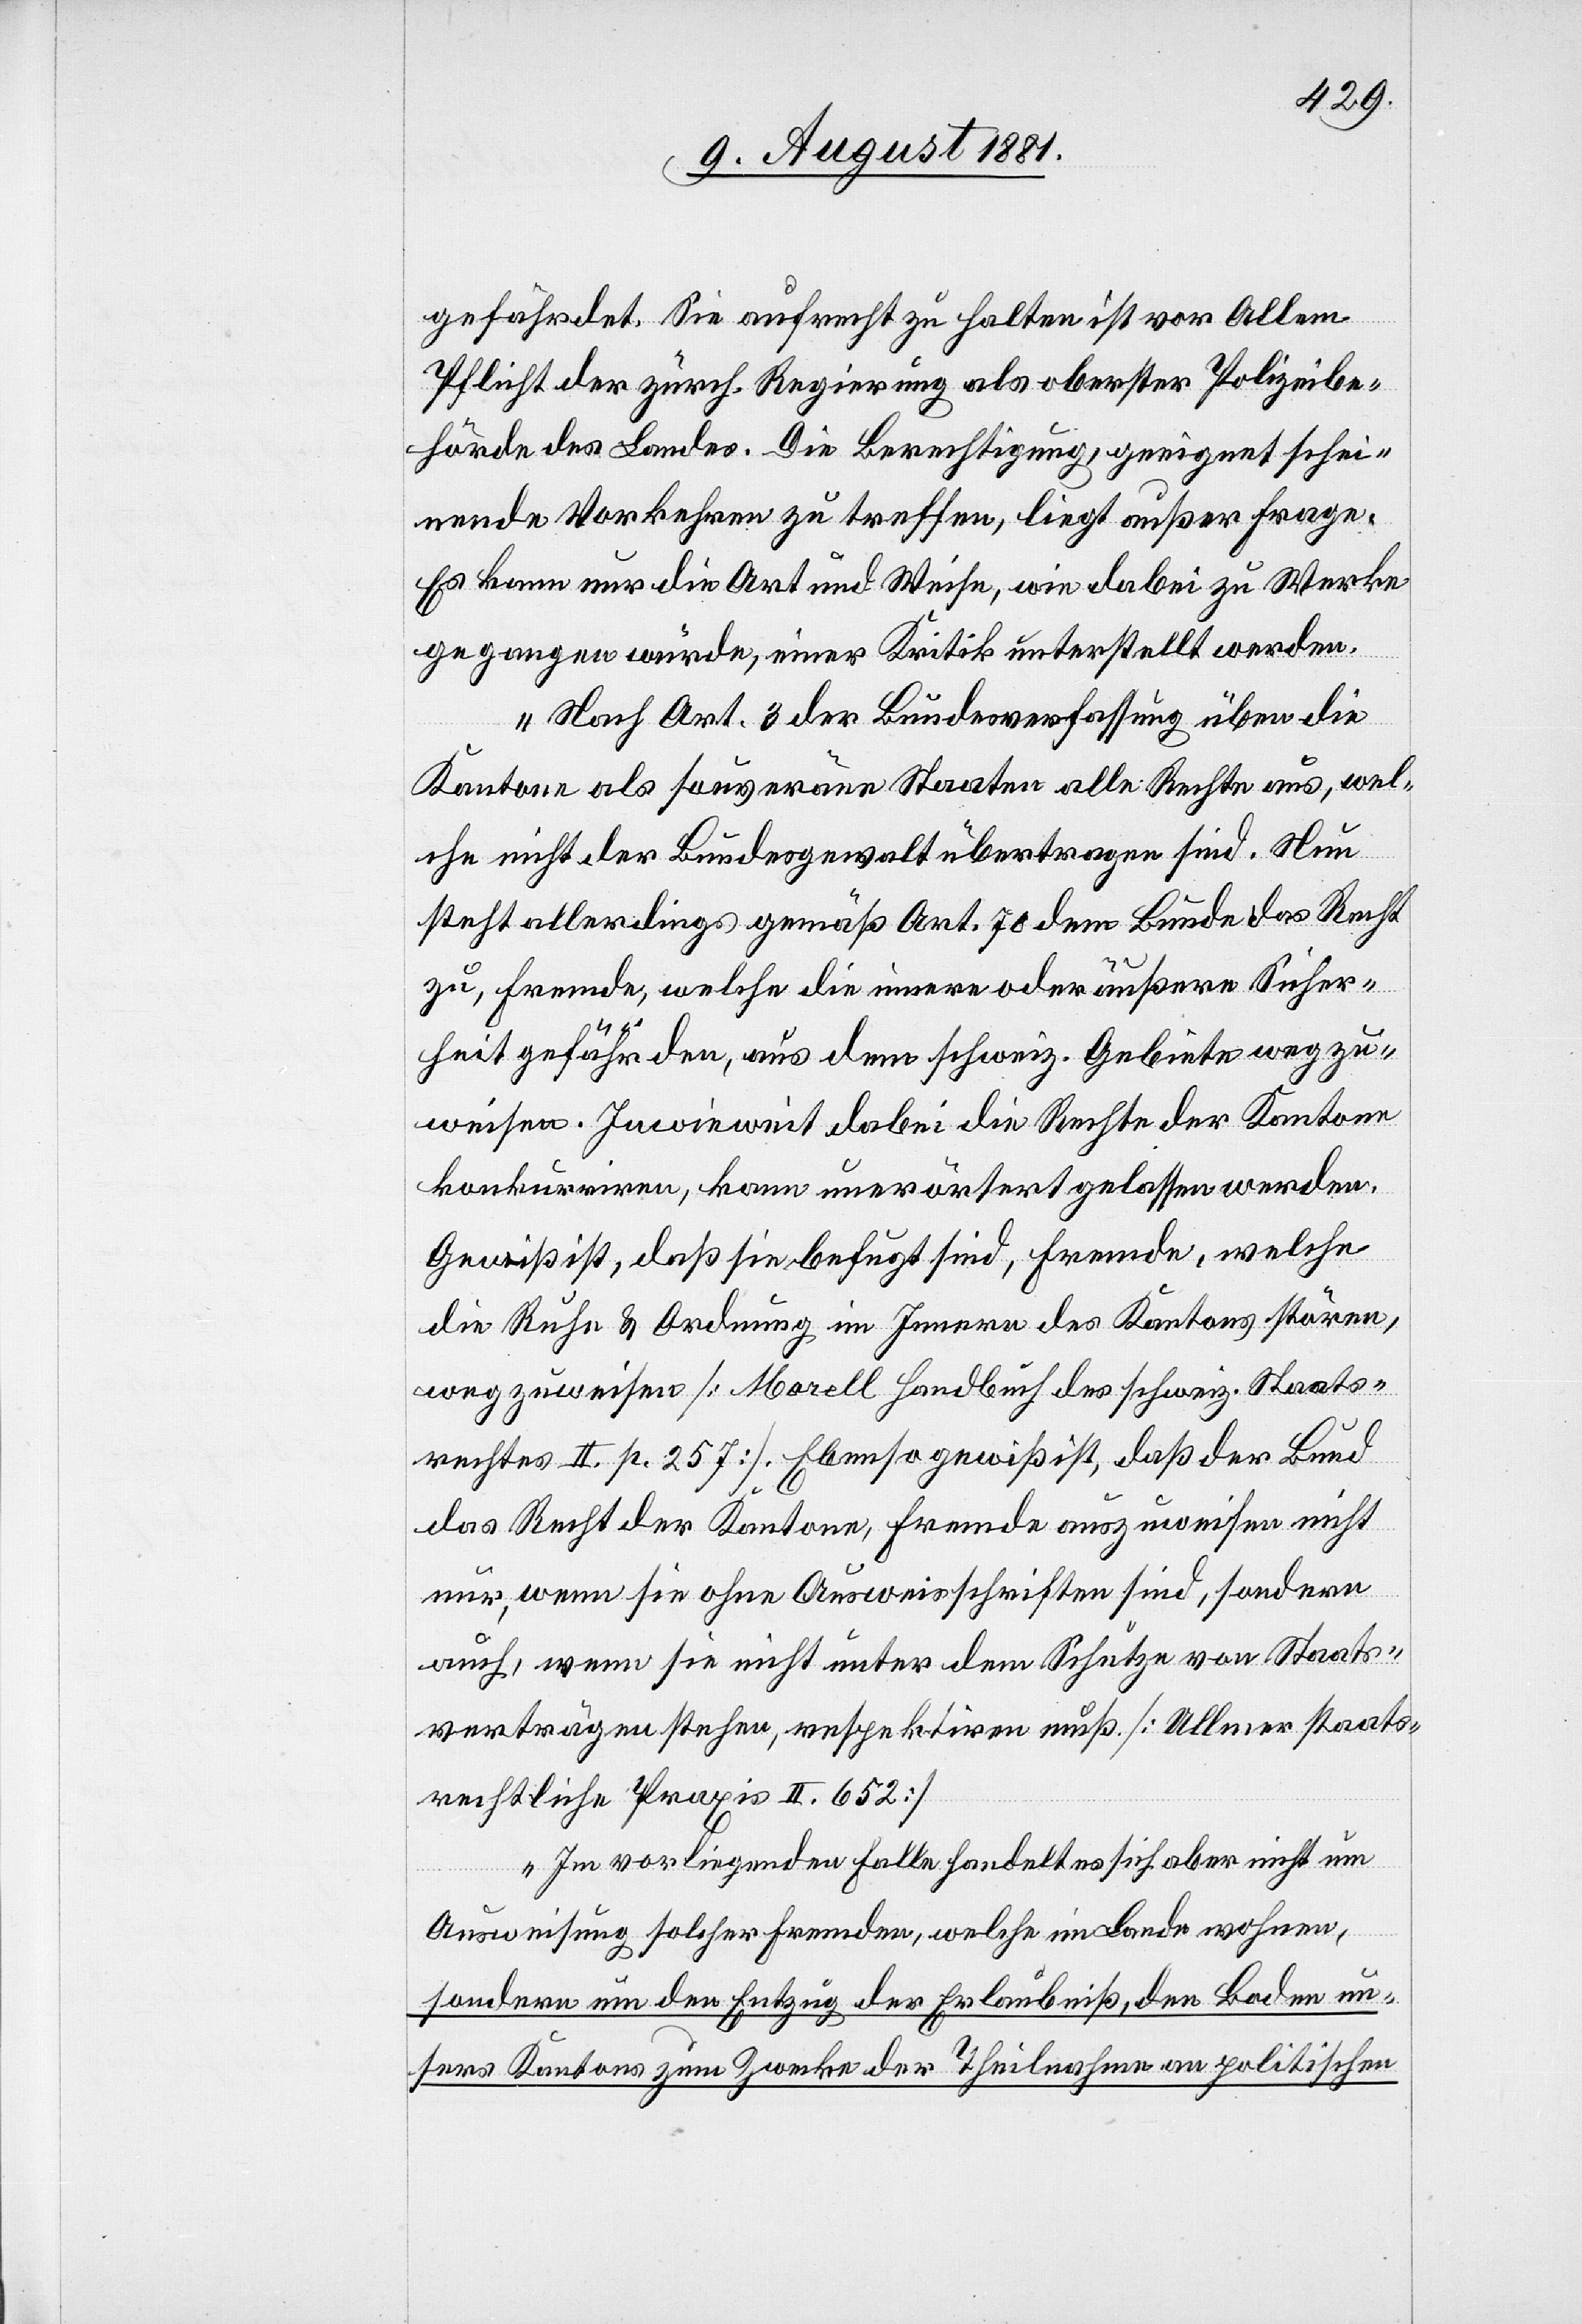
gefährdet. Sie aufrecht zu halten ist vor Allem
Pflicht der zürch. Regierung als oberster Polizeibe¬
hörde des Landes. Die Berechtigung, geeignet schei¬
nende Vorkehren zu treffen, liegt außer Frage.
Es kann nur die Art und Weise, wie dabei zu Werke
gegangen würde, einer Kritik unterstellt werden.
Nach Art. 3 der Bundesverfassung üben die
Kantone als souveräne Staaten alle Rechte aus, wel¬
che nicht der Bundesgewalt übertragen sind. Nun
steht allerdings gemäß Art. 70 dem Bunde das Recht
zu, Fremde, welche die innere oder äußere Sicher¬
heit gefährden, aus dem schweiz. Gebiete wegzu¬
weisen. Inwieweit dabei die Rechte der Kantone
konkurriren, kann unerörtert gelassen werden.
Gewiß ist, daß sie befugt sind, Fremde, welche
die Ruhe & Ordnung im Innern des Kantons stören,
wegzuweisen [Morell Handbuch des schweiz. Staats¬
rechtes II. p. 257]. Ebenso gewiß ist, daß der Bund
das Recht der Kantone, Fremde auszuweisen nicht
nur, wenn sie ohne Ausweisschriften sind, sondern
auch wenn sie nicht unter dem Schutze von Staats¬
verträgen stehen, respektiren muß. [Ullmer[,] Staats¬
rechtliche Praxis II. 652]
Im vorliegenden Falle handelt es sich aber nicht um
Ausweisung solcher Fremden, welche im Lande wohnen,
sondern um den Entzug der Erlaubniß, den Boden un¬
sers Kantons zum Zwecke der Theilnahme an politischen